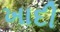
ખાદી